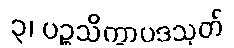
၃၊ ပဉ္စသိက္ခာပဒသုတ်